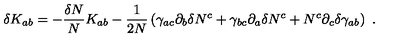
\delta K _ { a b } = - { \frac { \delta N } { N } } K _ { a b } - { \frac { 1 } { 2 N } } \left( \gamma _ { a c } \partial _ { b } \delta N ^ { c } + \gamma _ { b c } \partial _ { a } \delta N ^ { c } + N ^ { c } \partial _ { c } \delta \gamma _ { a b } \right) \ .